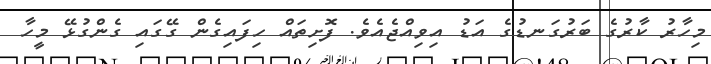
މިހާރު ކާރުގެ ބަރުގަނޑުގެ އަޑު އިވިއްޖެއެވެ. ފޮށިތައް ހިފައިގެން ގޭގައި ގެންގުޅޭ މީހާ